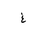
Letter: _gayn